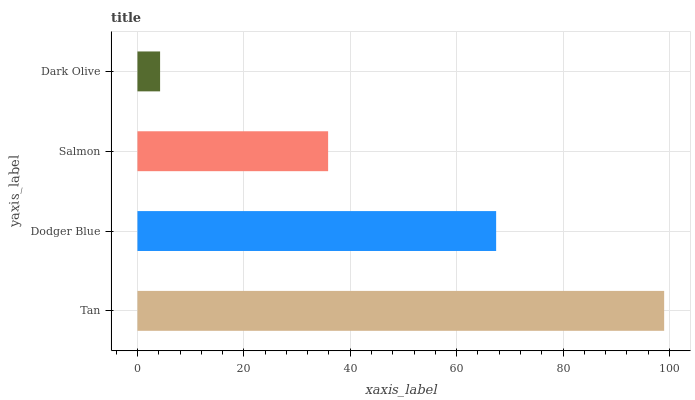
| yaxis_label | bars |
 | --- | --- |
 | Tan | 99 |
 | Dodger Blue | 67.4 |
 | Salmon | 35.8 |
 | Dark Olive | 4.26 |